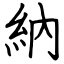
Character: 納